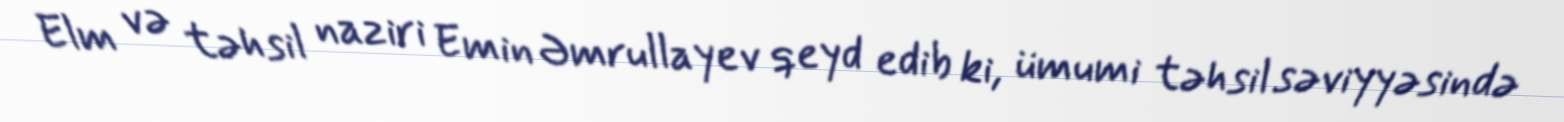
Elm və təhsil naziri Emin Əmrullayev qeyd edib ki, ümumi təhsil səviyyəsində